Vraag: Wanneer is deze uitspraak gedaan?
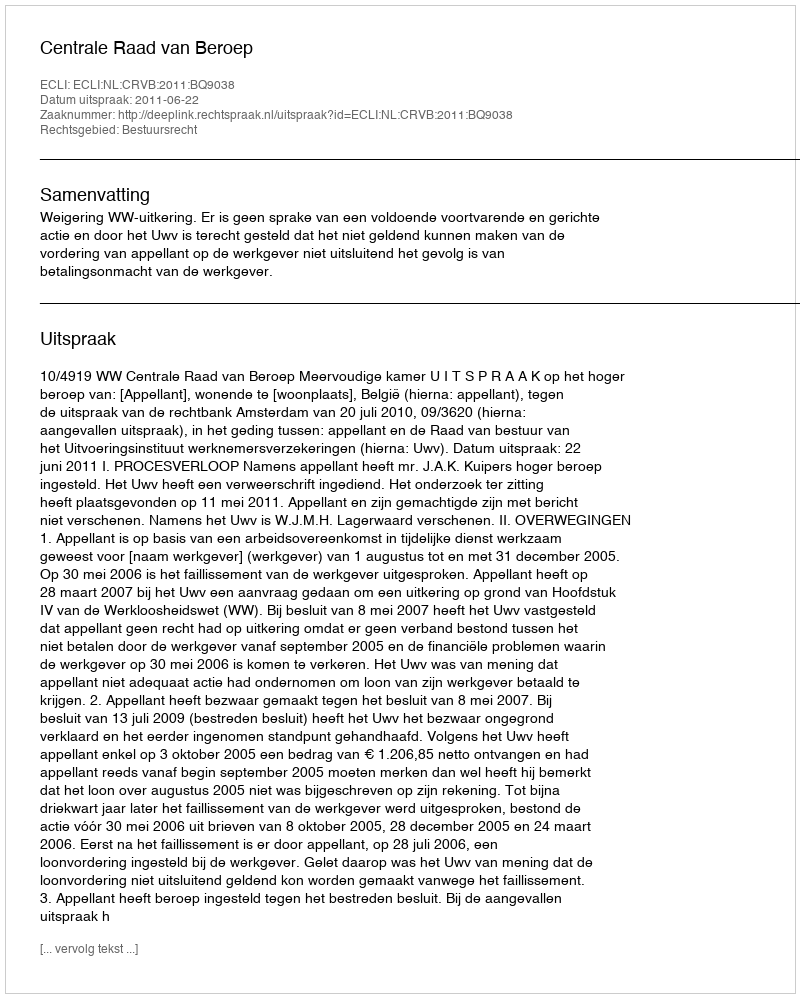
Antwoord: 2011-06-22